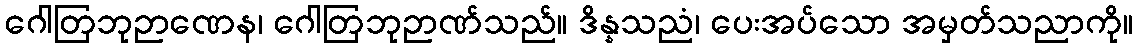
ဂေါတြဘုဉာဏေန၊ ဂေါတြဘုဉာဏ်သည်။ ဒိန္နသညံ၊ ပေးအပ်သော အမှတ်သညာကို။